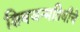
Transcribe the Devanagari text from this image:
शिवजन्मतिथीचे